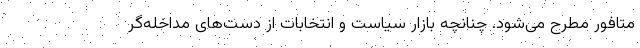
متافور مطرح می‌شود. چنانچه بازار سیاست و انتخابات از دست‌های مداخله‌گر